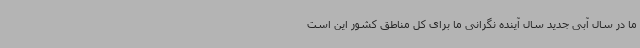
ما در سال آبی جدید سال آینده نگرانی ما برای کل مناطق کشور این است